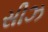
સીઝ